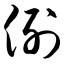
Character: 例